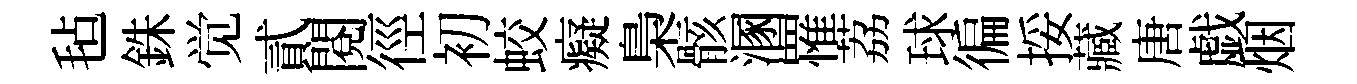
毡銖觉貳閲徑初蛟癡梟骸溷罹荔球徧挼藏唐戯烟